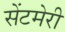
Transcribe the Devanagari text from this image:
सेंटमेरी